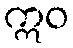
ဣဝ